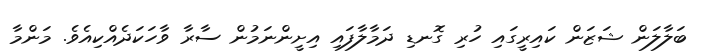
ބަލާލަން ޝަޒަން ކައިރީގައި ހުރި ގޮނޑި ދަމާލާފައި އިށީންނަމުން ސާރާ ވާހަކަދެއްކިއެވެ. މަންމާ